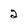
Character: 2